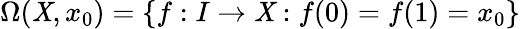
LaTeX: \Omega(\mathit{X},x_{0})=\{ f:I\to\mathit{X}:f(0)=f(1)=x_{0}\}